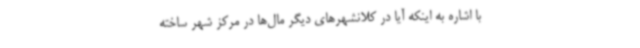
با اشاره به اینکه آیا در کلانشهرهای دیگر مال‌ها در مرکز شهر ساخته